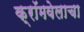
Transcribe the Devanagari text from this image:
क्रॉमवेलाचा